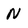
Character: N